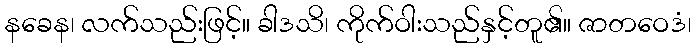
နခေန၊ လက်သည်းဖြင့်။ ခါဒသိ၊ ကိုက်ဝါးသည်နှင့်တူ၏။ ဇာတဝေဒံ၊